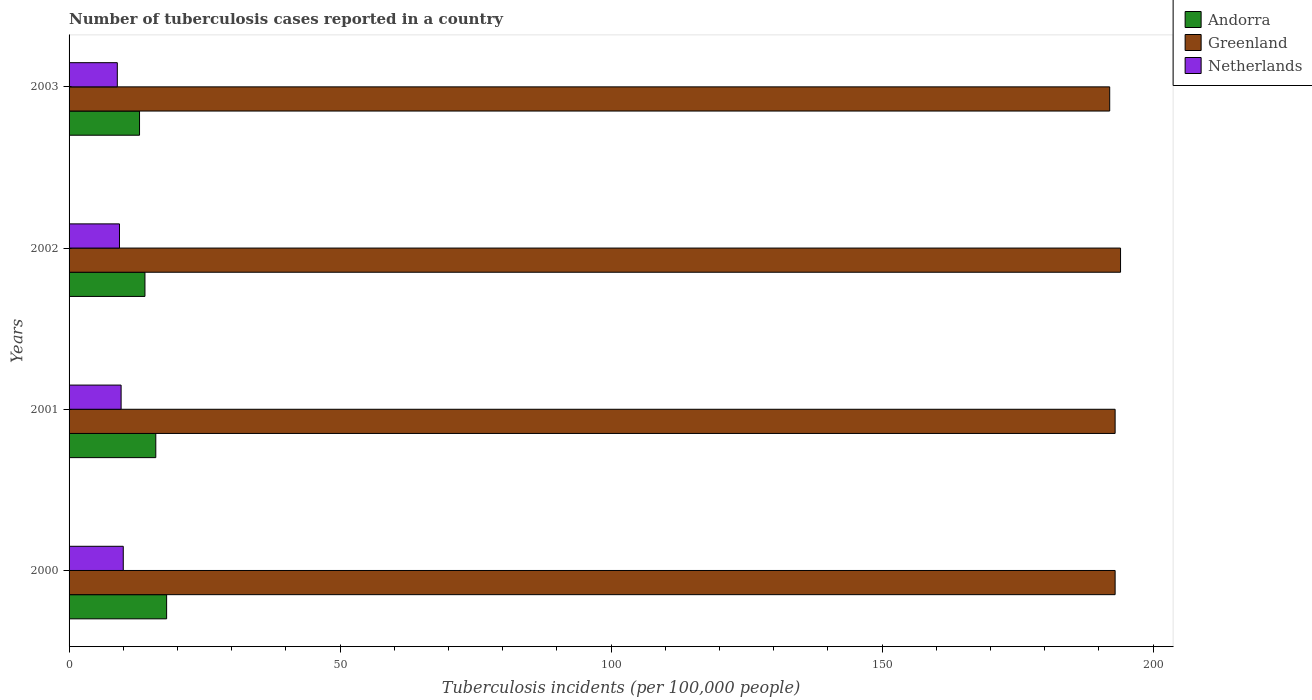
| Years | Andorra | Greenland | Netherlands |
 | --- | --- | --- | --- |
 | 2000 | 18 | 193 | 10 |
 | 2001 | 16 | 193 | 9.6 |
 | 2002 | 14 | 194 | 9.3 |
 | 2003 | 13 | 192 | 8.9 |